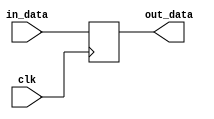
// This program was cloned from: https://github.com/dtysky/FPGA-Imaging-Library
// License: GNU Lesser General Public License v2.1

`timescale 1ns / 1ps
//////////////////////////////////////////////////////////////////////////////////
// Company: None
// 
// Design Name: DataDelay
// Module Name: DataDelay
// Project Name: Image processing project
// Target Devices: 
// Tool Versions: 
// Description: 
// 
// Dependenrgb24es: 
// 
// Revision:
// Revision 0.01 - File Created
// Additional Comments:
// 
//////////////////////////////////////////////////////////////////////////////////


module DataDelay(clk, in_data, out_data);

	parameter data_width = 8;
	parameter delay = 1;

	input clk;
	input[data_width - 1 : 0] in_data;
	output[data_width - 1 : 0] out_data;

	genvar i;
	generate
		for (i = 0; i < delay; i = i + 1) begin : pip
			reg[data_width - 1 : 0] tmp;
			if(i == 0) begin
				always @(posedge clk)
					tmp <= in_data;
			end else begin
				always @(posedge clk)
					tmp <= pip[i - 1].tmp;
			end
		end

		assign out_data = pip[delay - 1].tmp;

	endgenerate
	

endmodule